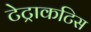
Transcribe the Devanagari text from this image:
टेट्राकटिस